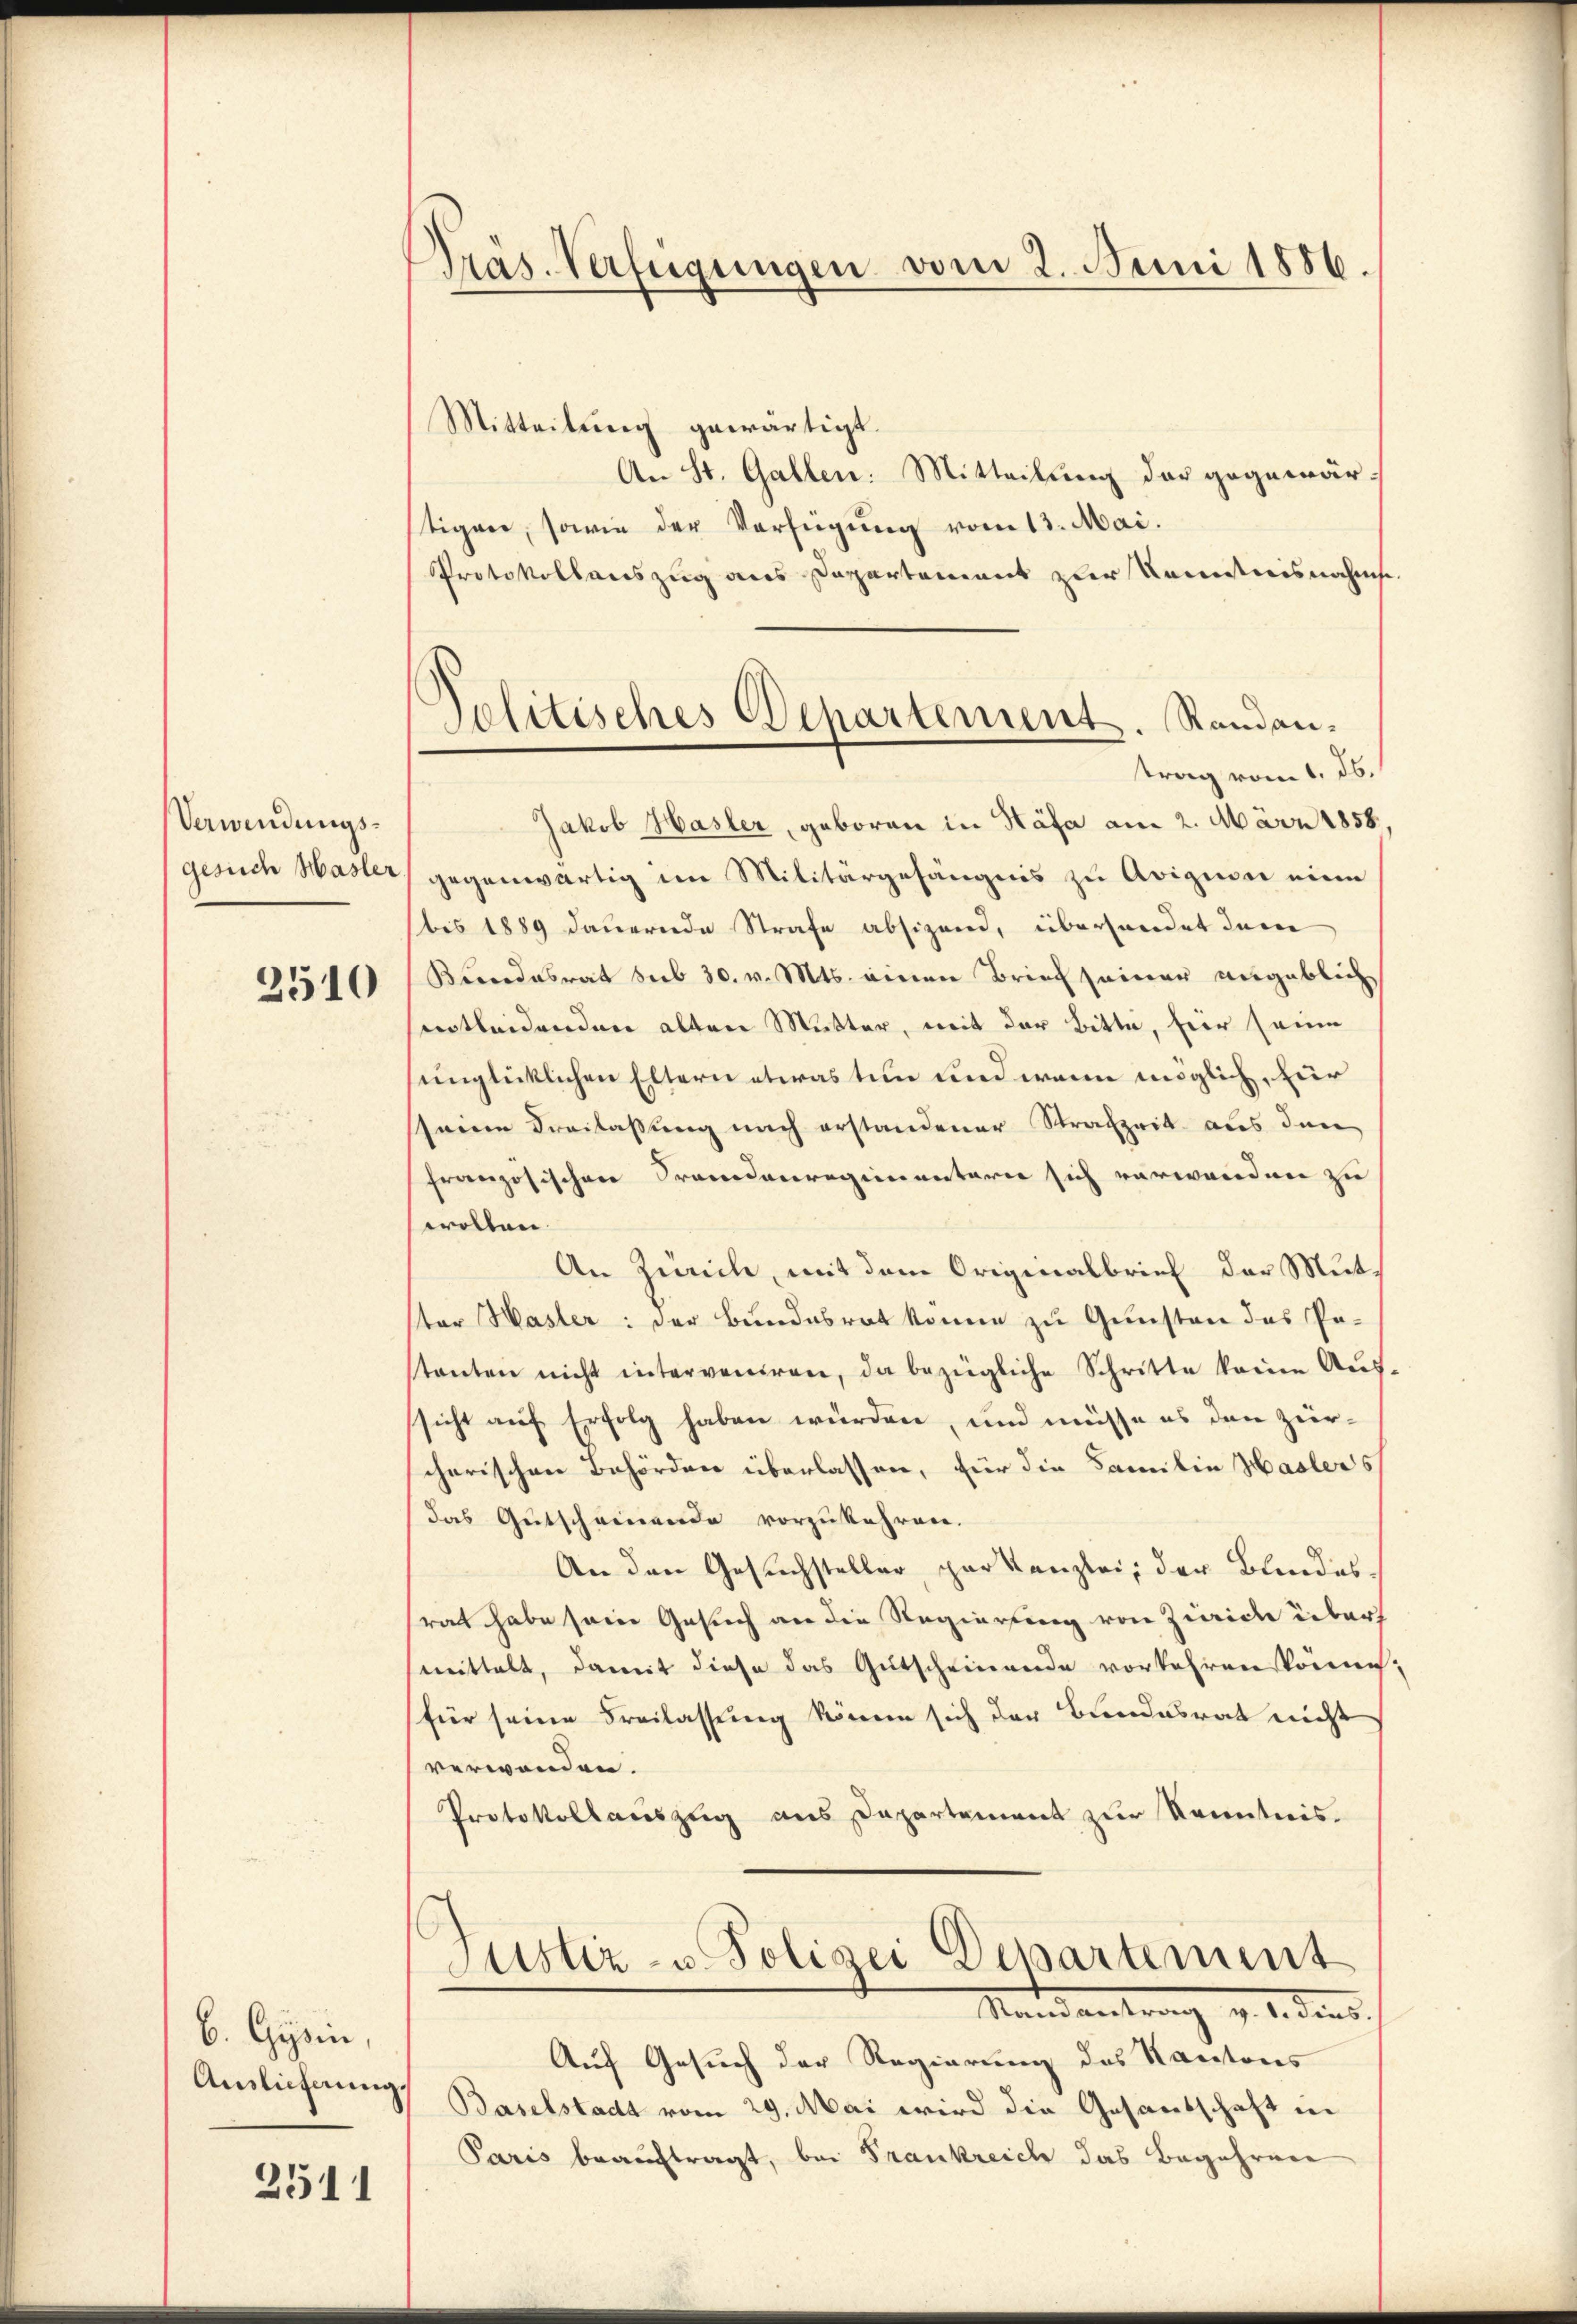
Verwendungsgesich Hasler
2510

b. Gysin,
Auslieferung,

2511

Präs. Verfügungen vom 2. Juni 1886.

Mitteilung gewärtigt.
An St. Gallen: Mitteilung der gegenwärtigere, sowie der Verfügung vom 13. Mai.
Protokollauszug aus Departement zur Kenntnisnahms
trag vom 1. ds.
Jakob Hasler, geboren in Käfa am 2. März 1858.
gegenwärtig im Militärgefängnis zu Avizion eine
bis 1889 dauernde Strafe absizend, überhandet dem
Birendesrat sub 30. v. Mts. einen Brief seiner angeblich
ertleidenden alten Mutter, mit der Bitte, für seine
unglücklichen Eltern etwas tun und wenn möglich, für
seine Freilassung nach erstandener Strafzeit aus den
französischen Fremdenregimentarie sich verwanden zu
wollen.
An Zürich, mit dem Originalbrief der Mutster Hasler: der Bundesrat könne zu Gunsten das Pestanten nicht interveniren, da bezügliche Schritte keine Aŭs-
sicht auf Erfolg haben würden, und müsse es den zürscharischen Behörden überlassen, für die Familie Haslers
das Gutscheinende vorzukehren.
An den Gesuchsteller par Kanzlei, der Bundessrat habe seine Gesuch an die Regierung von Zwicke über
mittelt, damit diese das Gutscheinende vorkehren könne
für seine Freilassung könne sich der Bundesrat nicht
verwenden.
Protokollauszug aus Departement zur Kenntnis.
Justiz- u. Polizei Departement
Mandantrag v. 1. dans
Auf Gesuch der Regierung des Kantons
Baselstadt vom 29. Mai wird die Gesandschaft in
Paris beauftragt, bei Frankreich das Begehren

Politisches Departement. Randan-